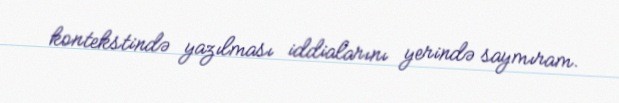
kontekstində yazılması iddialarını yerində saymıram.